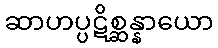
ဆာဟပ္ပဋိစ္ဆန္နာယော